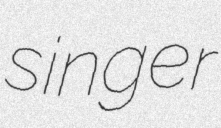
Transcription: singer